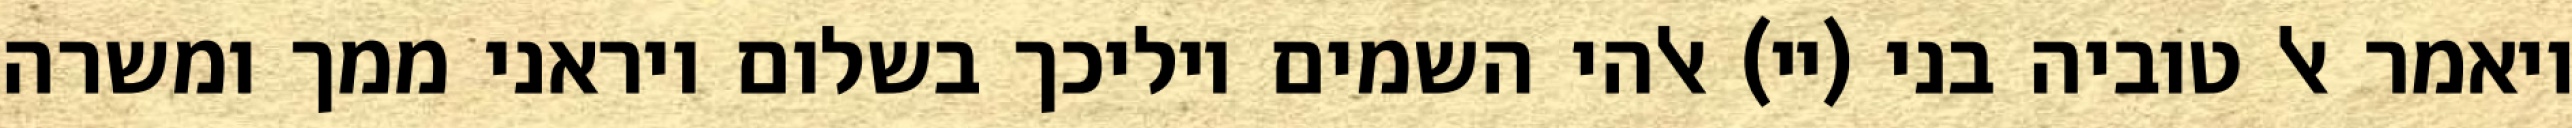
ויאמר אל טוביה בני (יי) אלהי השמים יוליכך בשלום ויראני ממך ומשרה